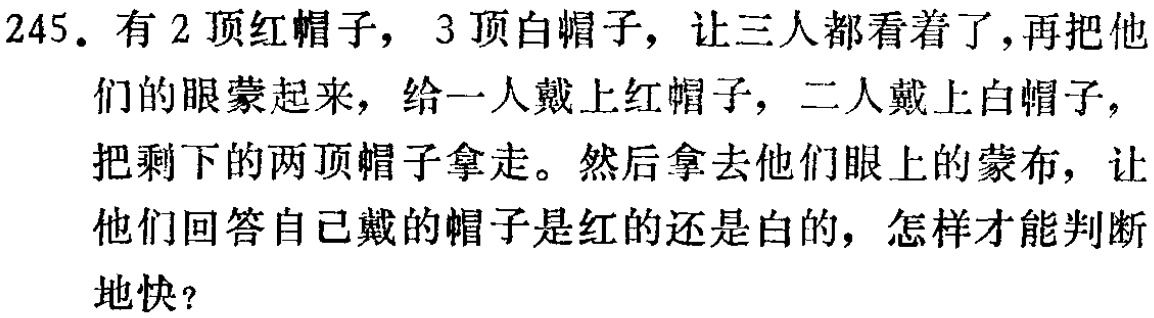
245. 有 2 顶红帽子，3 顶白帽子，让三人都看着了，再把他们的眼蒙起来，给一人戴上红帽子，二人戴上白帽子，把剩下的两顶帽子拿走。然后拿去他们眼上的蒙布，让他们回答自己戴的帽子是红的还是白的，怎样才能判断地快？